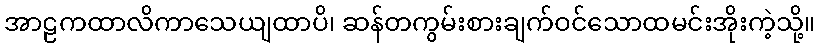
အာဠကထာလိကာသေယျထာပိ၊ ဆန်တကွမ်းစားချက်ဝင်သောထမင်းအိုးကဲ့သို့။